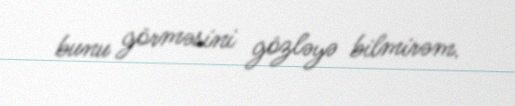
bunu görməsini gözləyə bilmirəm.